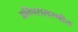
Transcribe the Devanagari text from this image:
अतिपरासरणीय